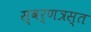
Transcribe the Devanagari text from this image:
स्वर्णत्रस्त